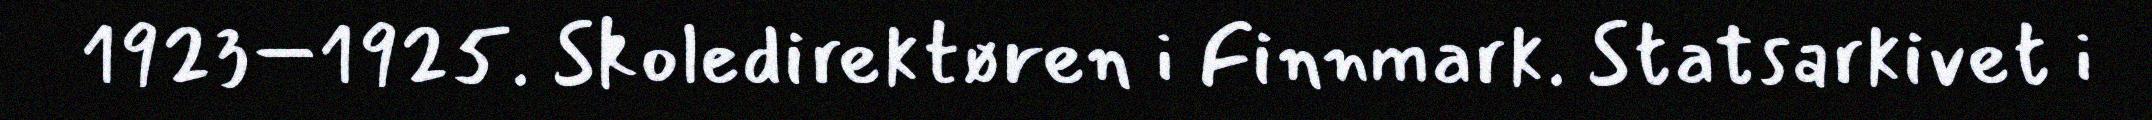
1923–1925. Skoledirektøren i Finnmark. Statsarkivet i